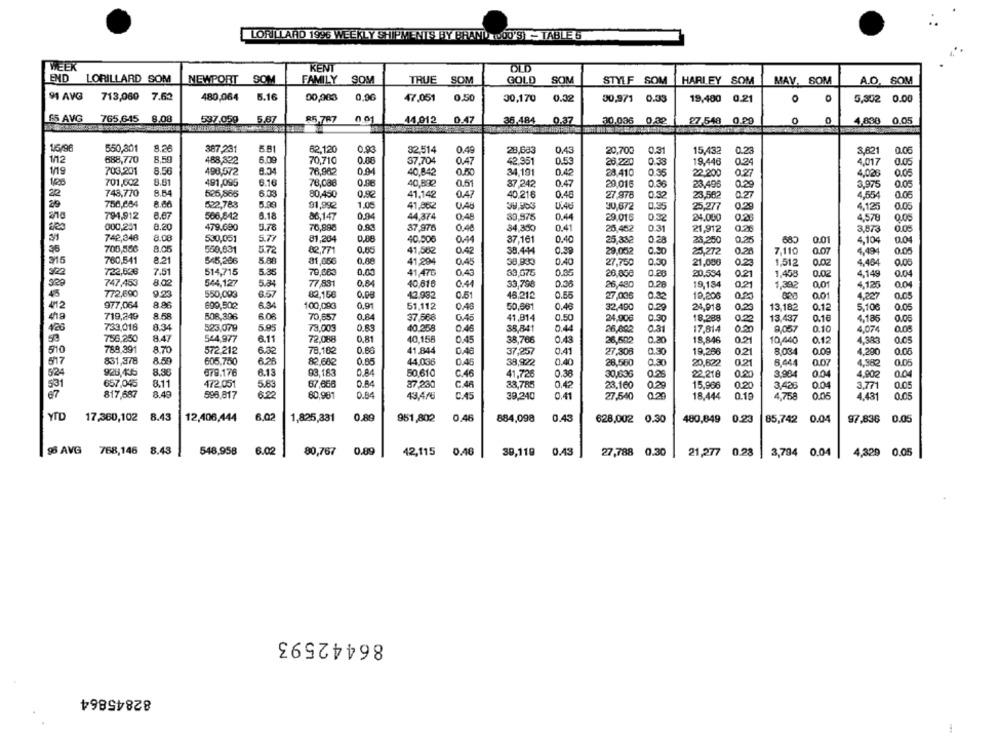
LORILLARD 1996 WEEKLY SHIPMENTS BY BHAND @00'S TABLE 5
WEEK
KENT
OLD
END LORILLARD SOM
NEWPORT SOM
FAMILY SOM
TRUE SOM
GOLD SOM
STYLF SOM
HARLEY SOM
MAV, SOM
A.O. SOM
91 AVG
713,060 7.62
480,064
5.16
0,0G
00,983
47.051
0.50
30,170
0.32
00,971 0.33
19,400 0.21
O
5,302 0.00
65 AVG
765,645 8,08
5.87
85.787 0.01
0.47
537.059
44,912
35,484
0.37
30.036
0,32
27.548 0.29
0
4,890 0.05
16/90
550,301
8.26
387,231
5.81
62.120
0,93
32,514
0.49
28,683
0.31
0.43
20,700
15,432
0.23
3,821
0.06
1/12
688,770
8,59
488,322
6.09
70,710
0.08
37,704
0.47
42.951
0.53
28 220
0.38
19,446
024
4,017
0.05
703.201
8.50
498,572
8.34
76,962
0.94
34,191
0.42
22.200
1/19
40.842
0.550
23,410
0.35
0.27
4,026
0.05
701,602
8.81
491,095
6.16
78,088
0.98
40,832
0.51
37 242
0.47
29,016
0.36
23.496
0.29
3,975
0.05
748,770
8.64
526,865
6.03
80,450
0,92
41,142
0.47
0.48
27.978
23.582
4,564
0.06
40.218
0.32
0.27
29
750,684
8.66
522,783
91,992
1.05
41,862
0.48
30,672
0.35
25,277
0.29
4,125
0.05
794,912
8.67
506,642
6.18
86.147
0.94
44,374
0.48
33,975
0.44
4,578
29.016
0.32
24.000
0.05
000,251
8.20
479,690
5.78
76,898
0.83
37,976
0.46
34,35℃
0.41
25.452
0.31
21,912
3,873
0.05
742,348
8.08
530,051
5.77
81,204
0.88
37,161
0.40
40,506
25,352
0 28
23,250
0.25
680
0.01
4,104
0.04
26
700,586
8.05
550,631
5.72
82,771
0.00
41,502
0.42
38.444
0.30
29,002
0.90
25.272
0.25
7.110
0.07
4.494
0.00
215
760,541
8.21
545,286
5.88
0.45
81,056
0,80
41,294
38,933
0.40
27,750
0.30
21,086
0.23
1,512
0.02
4,404
0.00
722,526
7.51
514,715
5.35
70,063
0,00
41,476
04
33.676
0.05
26,860
0.20
20,534
0.21
1.458
0.02
4.149
0.04
747,453
8.02
544,127
5.84
77 881
0.84
40,616
33,798
26.480
0.28
19,184
0.21
329
0.44
1,392
4.125
0.04
45
772,690
9.23
550,093
6.57
82.158
0.PB
42.982
0.51
48,212
27,006
0.22
10,206
001
4,227
0.05
977,064
8.96
699,502
6.34
100,093
0.91
51,112
0.40
50,661
32,490
0.29
24.918
0.23
13,182
0.12
5,106
0.05
719,249
8.58
508,396
6.06
70,657
0.84
37,568
41,814
0.50
24,906
0.90
18,288
0.22
13,437
0.16
4,185
0.06
733,018
8.34
523,079
5.95
79.003
0.83
40.258
0.44
0.10
426
38,841
26,002
0.31
17.814
0.30
9,057
4,074
0.05
53
756,250
8.47
544,977
6.11
72.088
0,81
40,158
0.45
38,766
0.43
26,502
0.20
18,846
021
10,440
0.12
4,383
0.05
789.391
8.70
0.80
510
572.212
6.32
78,102
41,844
37,257
0.41
27,306
0.30
19,266
0.21
8.034
0.0g
4.290
0.06
517
831,378
8.59
605,750
6.26
82,602
0.85
44,036
0.45
38,922
0.40
28,560
0.30
20,622
0.21
0.07
4,382
0.05
928,435
8,95
079.176
6.13
93,183
0.84
0.38
624
50,610
C.46
41.726
30,636
0.25
22,218
0.80
3,984
4,902
0.04
531
657,045
8.11
472,051
5.63
67,660
0.84
37,230
C.48
33,785
0.42
23,160
0.20
15,966
0.20
3,426
00
3,771
0.05
87
817,687
8.49
0.84
598,817
6.22
60.981
43.4/6
C.45
39,240
0.41
27,540
0.29
18,444
0.19
4,758
0.05
4,431
0.05
YTD
17,360,102 8.43
12,406,444
6,02
1,825,331
0.89
951,802
0,46
884,098
0.43
628,002 0.30
480,849 0.23
85,742 0.04
97.836
0.05
98 AVG 768,146 8.43
548,958
6.02
80,767
0.89
42,115
0.46
30,119
0.43
27,788
0.30
21,277 0.23
3,794 0.04
4,329 0.05
86442593
82845864